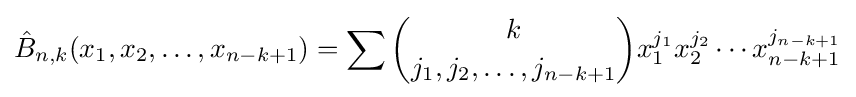
{\hat {B}}_{n,k}(x_{1},x_{2},\ldots ,x_{n-k+1})=\sum {\binom {k}{j_{1},j_{2},\ldots ,j_{n-k+1}}}x_{1}^{j_{1}}x_{2}^{j_{2}}\cdots x_{n-k+1}^{j_{n-k+1}}